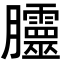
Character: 𭩗